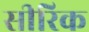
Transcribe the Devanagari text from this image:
सीरिक